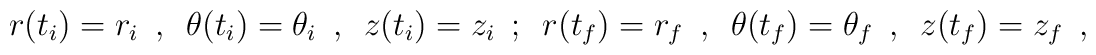
r(t_i)=r_i\ \ ,\ \ \theta(t_i)=\theta_i\ \ ,\ \ z(t_i)=z_i\ \ ;\ \ r(t_f)=r_f\ \ ,\ \ \theta(t_f)=\theta_f\ \ ,\ \ z(t_f)=z_f\ \ ,